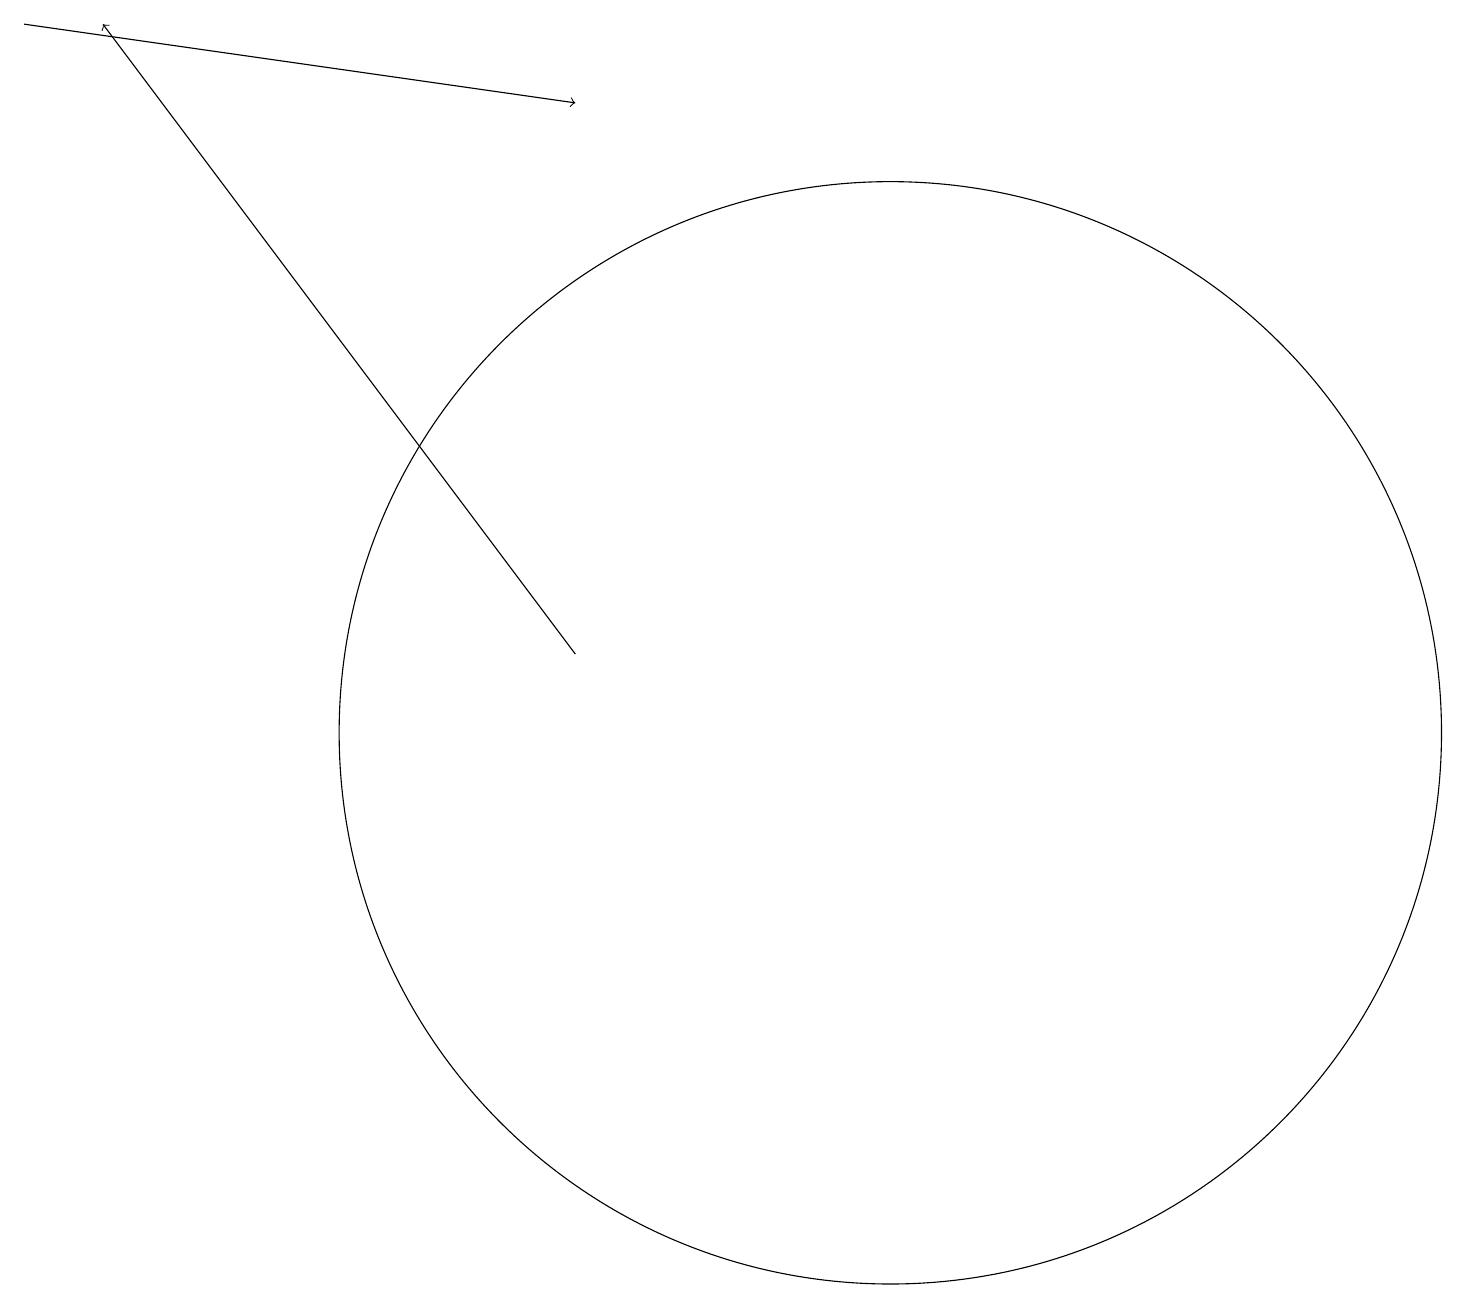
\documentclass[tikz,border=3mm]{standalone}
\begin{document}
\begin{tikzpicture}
\draw[->] (0,19) -- (7,18);
\draw (11,10) circle (7);
\draw[->] (7,11) -- (1,19);
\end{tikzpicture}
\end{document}